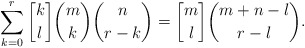
\begin{align*} \begin{aligned} \sum_{k=0}^{r}{{k \brack l}{m \choose k}{n \choose r-k}} = {m \brack l} {m+n-l \choose r-l}. \end{aligned} \end{align*}